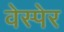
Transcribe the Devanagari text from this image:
वेस्पेर